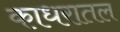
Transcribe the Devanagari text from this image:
काधरातल